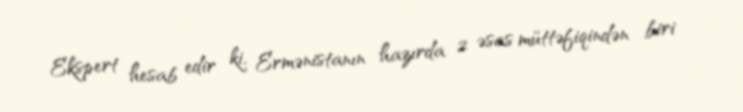
Ekspert hesab edir ki, Ermənistanın hazırda 2 əsas müttəfiqindən biri